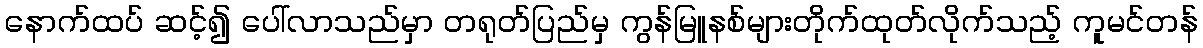
နောက်ထပ် ဆင့်၍ ပေါ်လာသည်မှာ တရုတ်ပြည်မှ ကွန်မြူနစ်များတိုက်ထုတ်လိုက်သည့် ကူမင်တန်